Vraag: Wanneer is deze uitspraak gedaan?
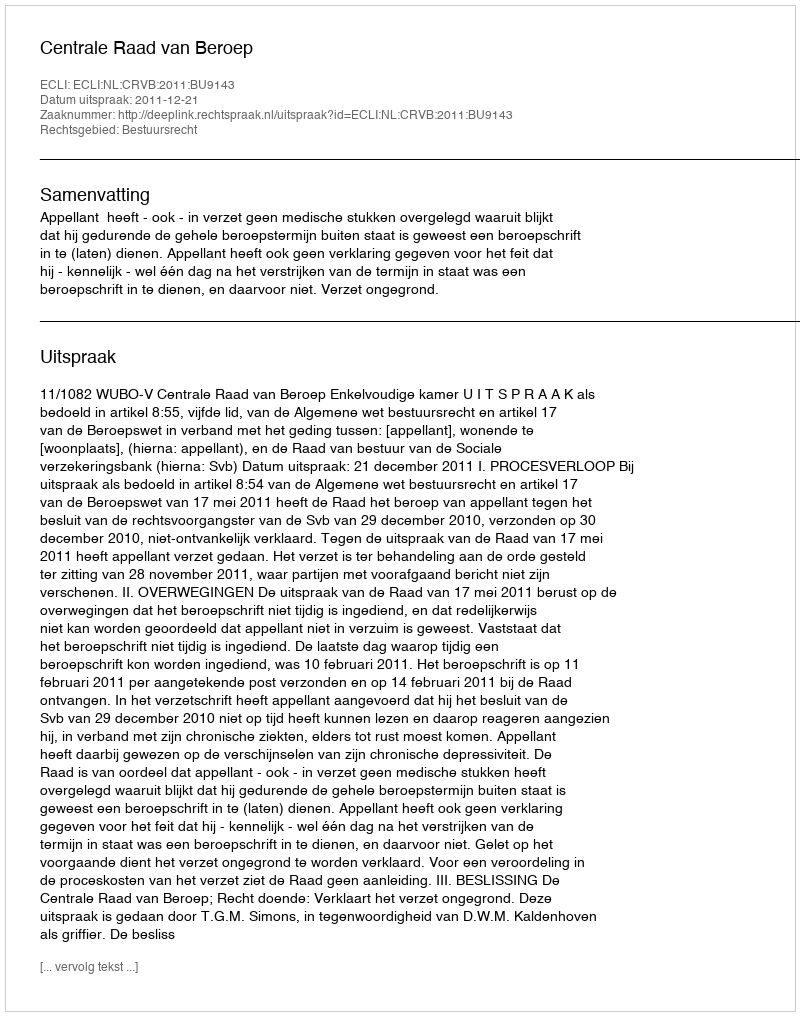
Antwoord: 2011-12-21